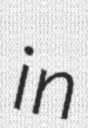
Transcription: in